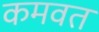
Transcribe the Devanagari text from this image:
कमवत